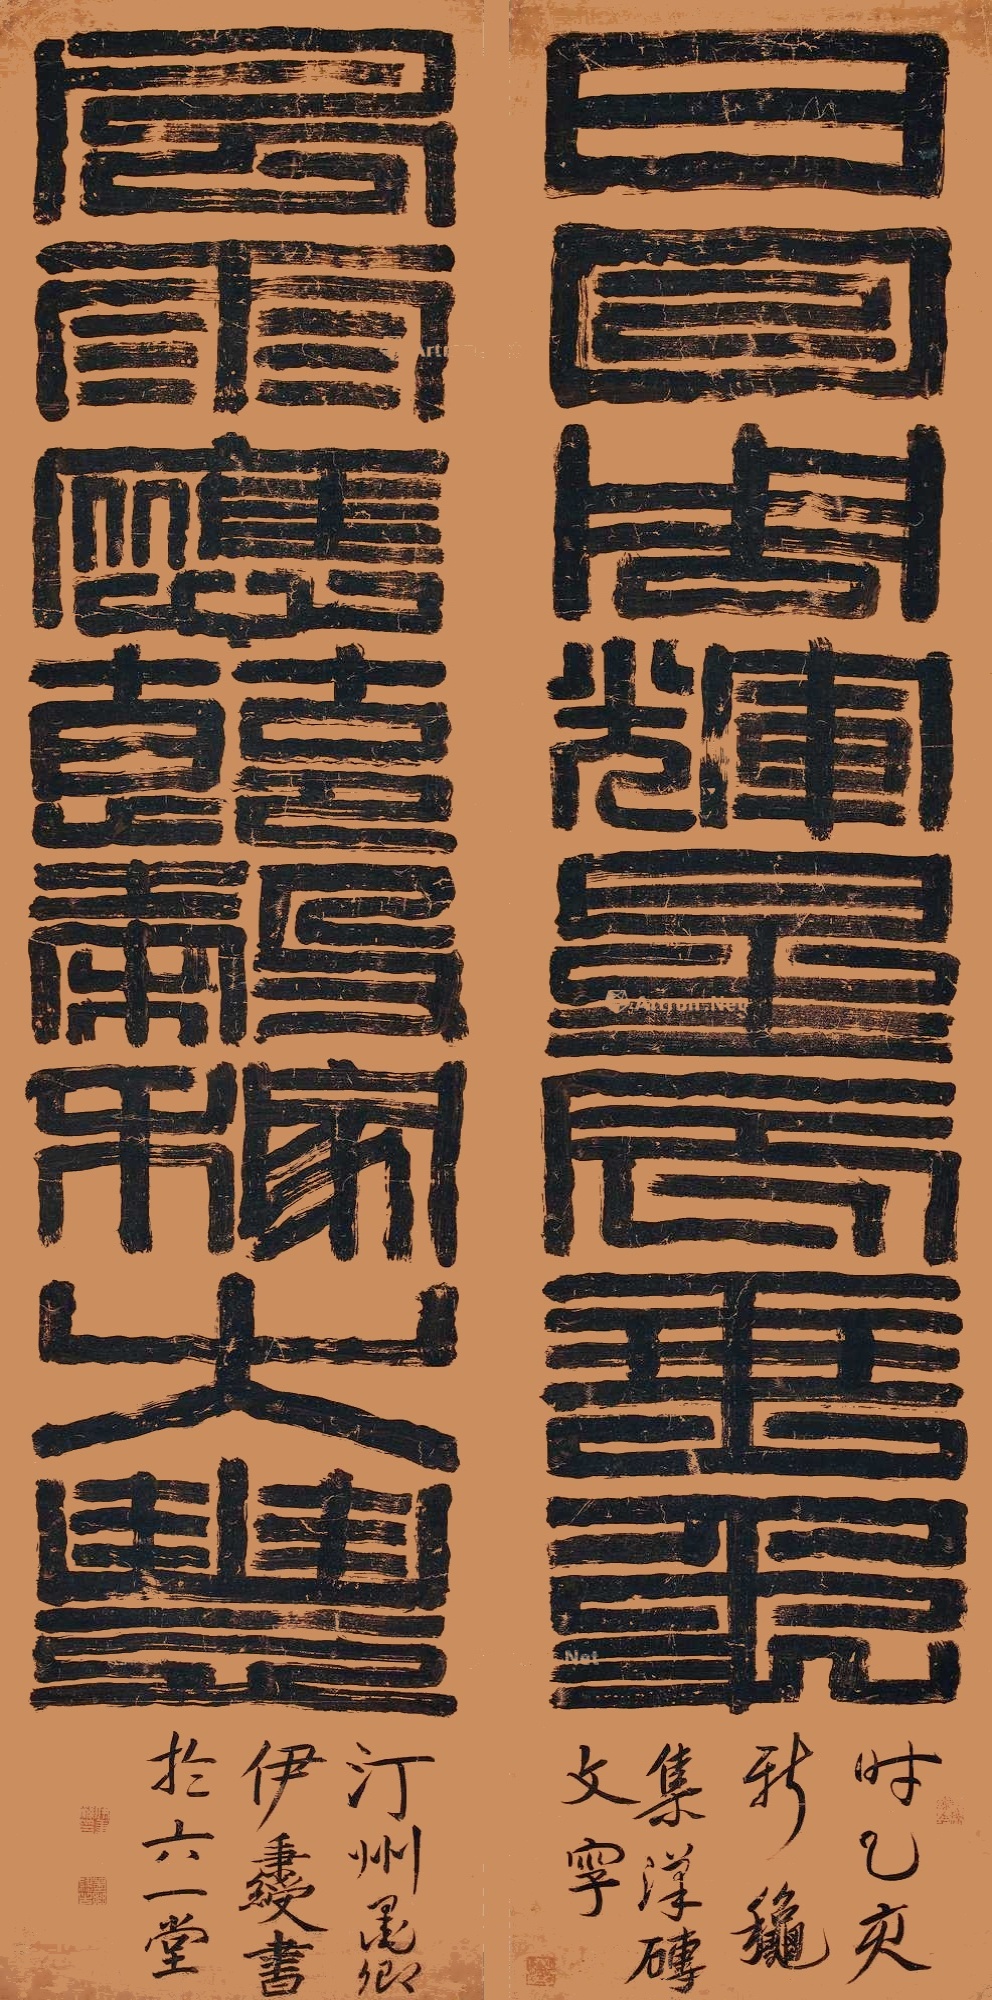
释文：日月周辉星辰垂象，风雨应节谷稼大丰。时乙亥新秋，集汉砖文字，汀州墨卿伊秉绶书于六一堂。